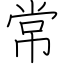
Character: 常